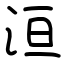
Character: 洹